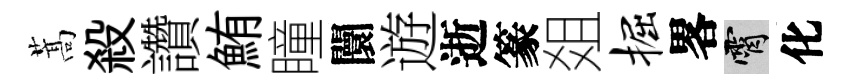
蒿殺讚鮪瞳闤遊逝篆爼掘畧霄化